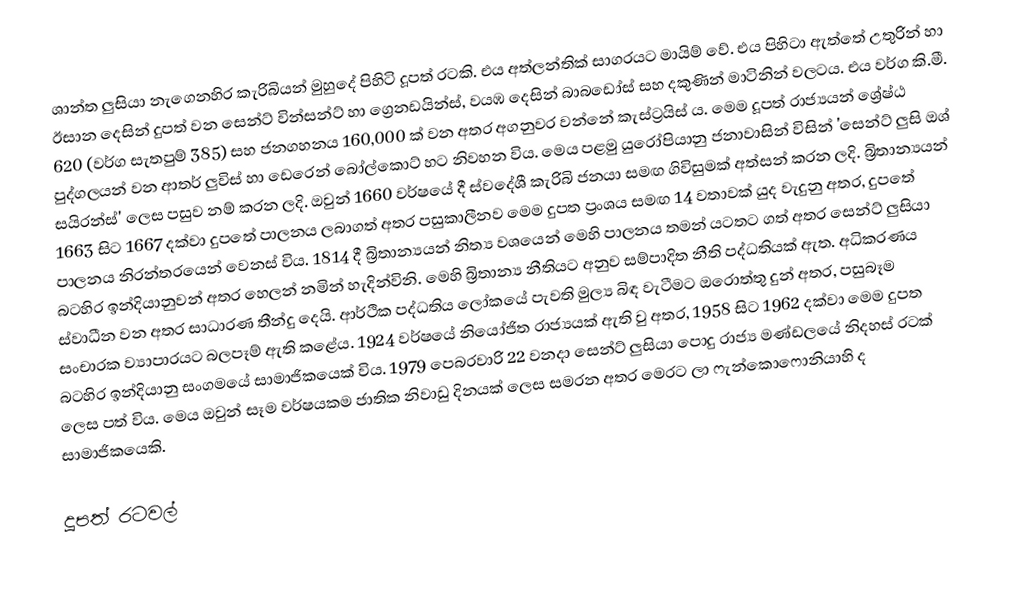
ශාන්ත ලුසියා නැගෙනහිර කැරිබියන් මුහුදේ පිහිටි දූපත් රටකි. එය අත්ලන්තික් සාගරයට මායිම් වේ. එය පිහිටා ඇත්තේ උතුරින් හා ඊසාන දෙසින් දුපත් වන සෙන්ට් වින්සන්ට් හා ග්‍රෙනඩයින්ස්, වයඹ දෙසින් බාබඩෝස් සහ දකුණින් මාටිනින් වලටය. එය වර්ග කි.මී. 620 (වර්ග සැතපුම් 385) සහ ජනගහනය 160,000 ක් වන අතර අගනුවර වන්නේ කැස්ට්‍රයිස් ය. මෙම දූපත් රාජ්‍යයන් ශ්‍රේෂ්ඨ පුද්ගලයන් වන ආතර් ලුවිස් හා ඩෙරෙන් බෝල්කොට් හට නිවහන විය. මෙය පළමු යුරෝපියානු ජනාවාසින් විසින් 'සෙන්ට් ලුසි ඔශ් සයිරන්ස්' ලෙස පසුව නම් කරන ලදි. ඔවුන් 1660 වර්ෂයේ දී ස්වදේශී කැරිබි ජනයා සමඟ ගිවිසුමක් අත්සන් කරන ලදි. බ්‍රිතාන්‍යයන් 1663 සිට 1667 දක්වා දුපතේ පාලනය ලබාගත් අතර පසුකාලීනව මෙම දුපත ප්‍රංශය සමඟ 14 වතාවක් යුද වැදුනු අතර, දුපතේ පාලනය නිරන්තරයෙන් වෙනස් විය. 1814 දී බ්‍රිතාන්‍යයන් නිත්‍ය වශයෙන් මෙහි පාලනය තමන් යටතට ගත් අතර සෙන්ට් ලුසියා බටහිර ඉන්දියානුවන් අතර හෙලන් නමින් හැදින්විනි. මෙහි බ්‍රිතාන්‍ය නීතියට අනුව සම්පාදිත නීති පද්ධතියක් ඇත. අධිකරණය ස්වාධීන වන අතර සාධාරණ තීන්දු දෙයි. ආර්ථික පද්ධතිය ලෝකයේ පැවති මුල්‍ය බිඳ වැටීමට ඔරොත්තු දුන් අතර, පසුබෑම සංචාරක ව්‍යාපාරයට බලපෑම් ඇති කළේය. 1924 වර්ෂයේ නියෝජිත රාජ්‍යයක් ඇති වු අතර, 1958 සිට 1962 දක්වා මෙම දුපත බටහිර ඉන්දියානු සංගමයේ සාමාජිකයෙක් විය. 1979 පෙබරවාරි 22 වනදා සෙන්ට් ලුසියා පොදු රාජ්‍ය මණ්ඩලයේ නිදහස් රටක් ලෙස පත් විය. මෙය ඔවුන් සෑම වර්ෂයකම ජාතික නිවාඩු දිනයක් ලෙස සමරන අතර මෙරට ලා ෆැන්කොෆොනියාහි ද සාමාජිකයෙකි.

දූපත් රටවල්